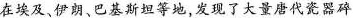
在埃及、伊朗、巴基斯坦等地，发现了大量唐代瓷器碎